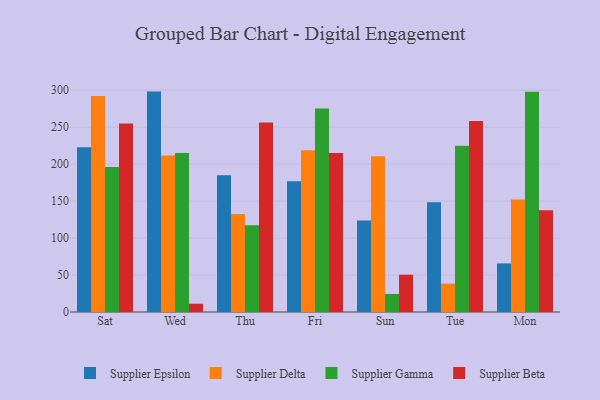
{"axis": {"x": "Day", "y": "Population (Million)"}, "legend": ["Supplier Beta", "Supplier Delta", "Supplier Epsilon", "Supplier Gamma"], "data": [{"x": "Sat", "y": 222.9, "type": "Supplier Epsilon"}, {"x": "Sat", "y": 292.1, "type": "Supplier Delta"}, {"x": "Sat", "y": 196.0, "type": "Supplier Gamma"}, {"x": "Sat", "y": 254.9, "type": "Supplier Beta"}, {"x": "Wed", "y": 298.1, "type": "Supplier Epsilon"}, {"x": "Wed", "y": 211.6, "type": "Supplier Delta"}, {"x": "Wed", "y": 215.2, "type": "Supplier Gamma"}, {"x": "Wed", "y": 11.2, "type": "Supplier Beta"}, {"x": "Thu", "y": 185.0, "type": "Supplier Epsilon"}, {"x": "Thu", "y": 132.6, "type": "Supplier Delta"}, {"x": "Thu", "y": 117.4, "type": "Supplier Gamma"}, {"x": "Thu", "y": 256.2, "type": "Supplier Beta"}, {"x": "Fri", "y": 176.7, "type": "Supplier Epsilon"}, {"x": "Fri", "y": 218.9, "type": "Supplier Delta"}, {"x": "Fri", "y": 275.2, "type": "Supplier Gamma"}, {"x": "Fri", "y": 215.2, "type": "Supplier Beta"}, {"x": "Sun", "y": 123.6, "type": "Supplier Epsilon"}, {"x": "Sun", "y": 210.5, "type": "Supplier Delta"}, {"x": "Sun", "y": 24.4, "type": "Supplier Gamma"}, {"x": "Sun", "y": 50.4, "type": "Supplier Beta"}, {"x": "Tue", "y": 148.4, "type": "Supplier Epsilon"}, {"x": "Tue", "y": 38.4, "type": "Supplier Delta"}, {"x": "Tue", "y": 225.0, "type": "Supplier Gamma"}, {"x": "Tue", "y": 258.2, "type": "Supplier Beta"}, {"x": "Mon", "y": 65.7, "type": "Supplier Epsilon"}, {"x": "Mon", "y": 152.3, "type": "Supplier Delta"}, {"x": "Mon", "y": 297.8, "type": "Supplier Gamma"}, {"x": "Mon", "y": 137.5, "type": "Supplier Beta"}]}